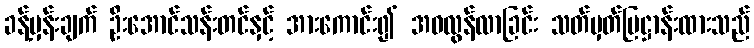
ခန့်မှန်းချက် ဦးအောင်သန်းတင်နှင့် အားကောင်း၍ အဝလွန်လာခြင်း သတ်မှတ်ပြဋ္ဌာန်းထားသည်